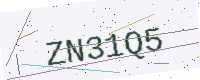
Text: ZN31Q5